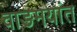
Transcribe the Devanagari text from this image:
वाङमयांत